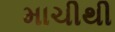
માચીથી